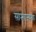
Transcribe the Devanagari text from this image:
साम्राज्यक